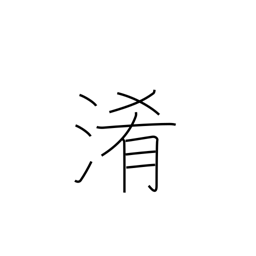
Meaning: turbidity